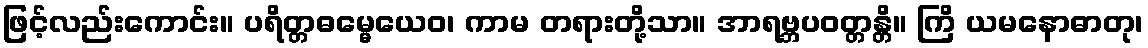
ဖြင့်လည်းကောင်း။ ပရိတ္တဓမ္မေယေဝ၊ ကာမ တရားတို့သာ။ အာရဗ္ဘပဝတ္တန္တိ။ ကြိ ယမနောဓာတု၊